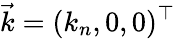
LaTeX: \vec{k}=(k_{n},0,0)^{\top}